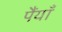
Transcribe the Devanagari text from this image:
पैंयाँ